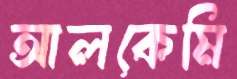
আলকেমি